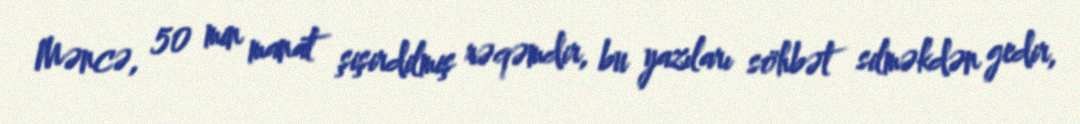
Məncə, 50 min manat şişirdilmiş rəqəmdir, bu yazıları söhbət silməkdən gedir,